DOW-UAP-D48, Department of the Air Force Report, 1996
Agency: Department of War
Incident date: 9/10/96
Page 72
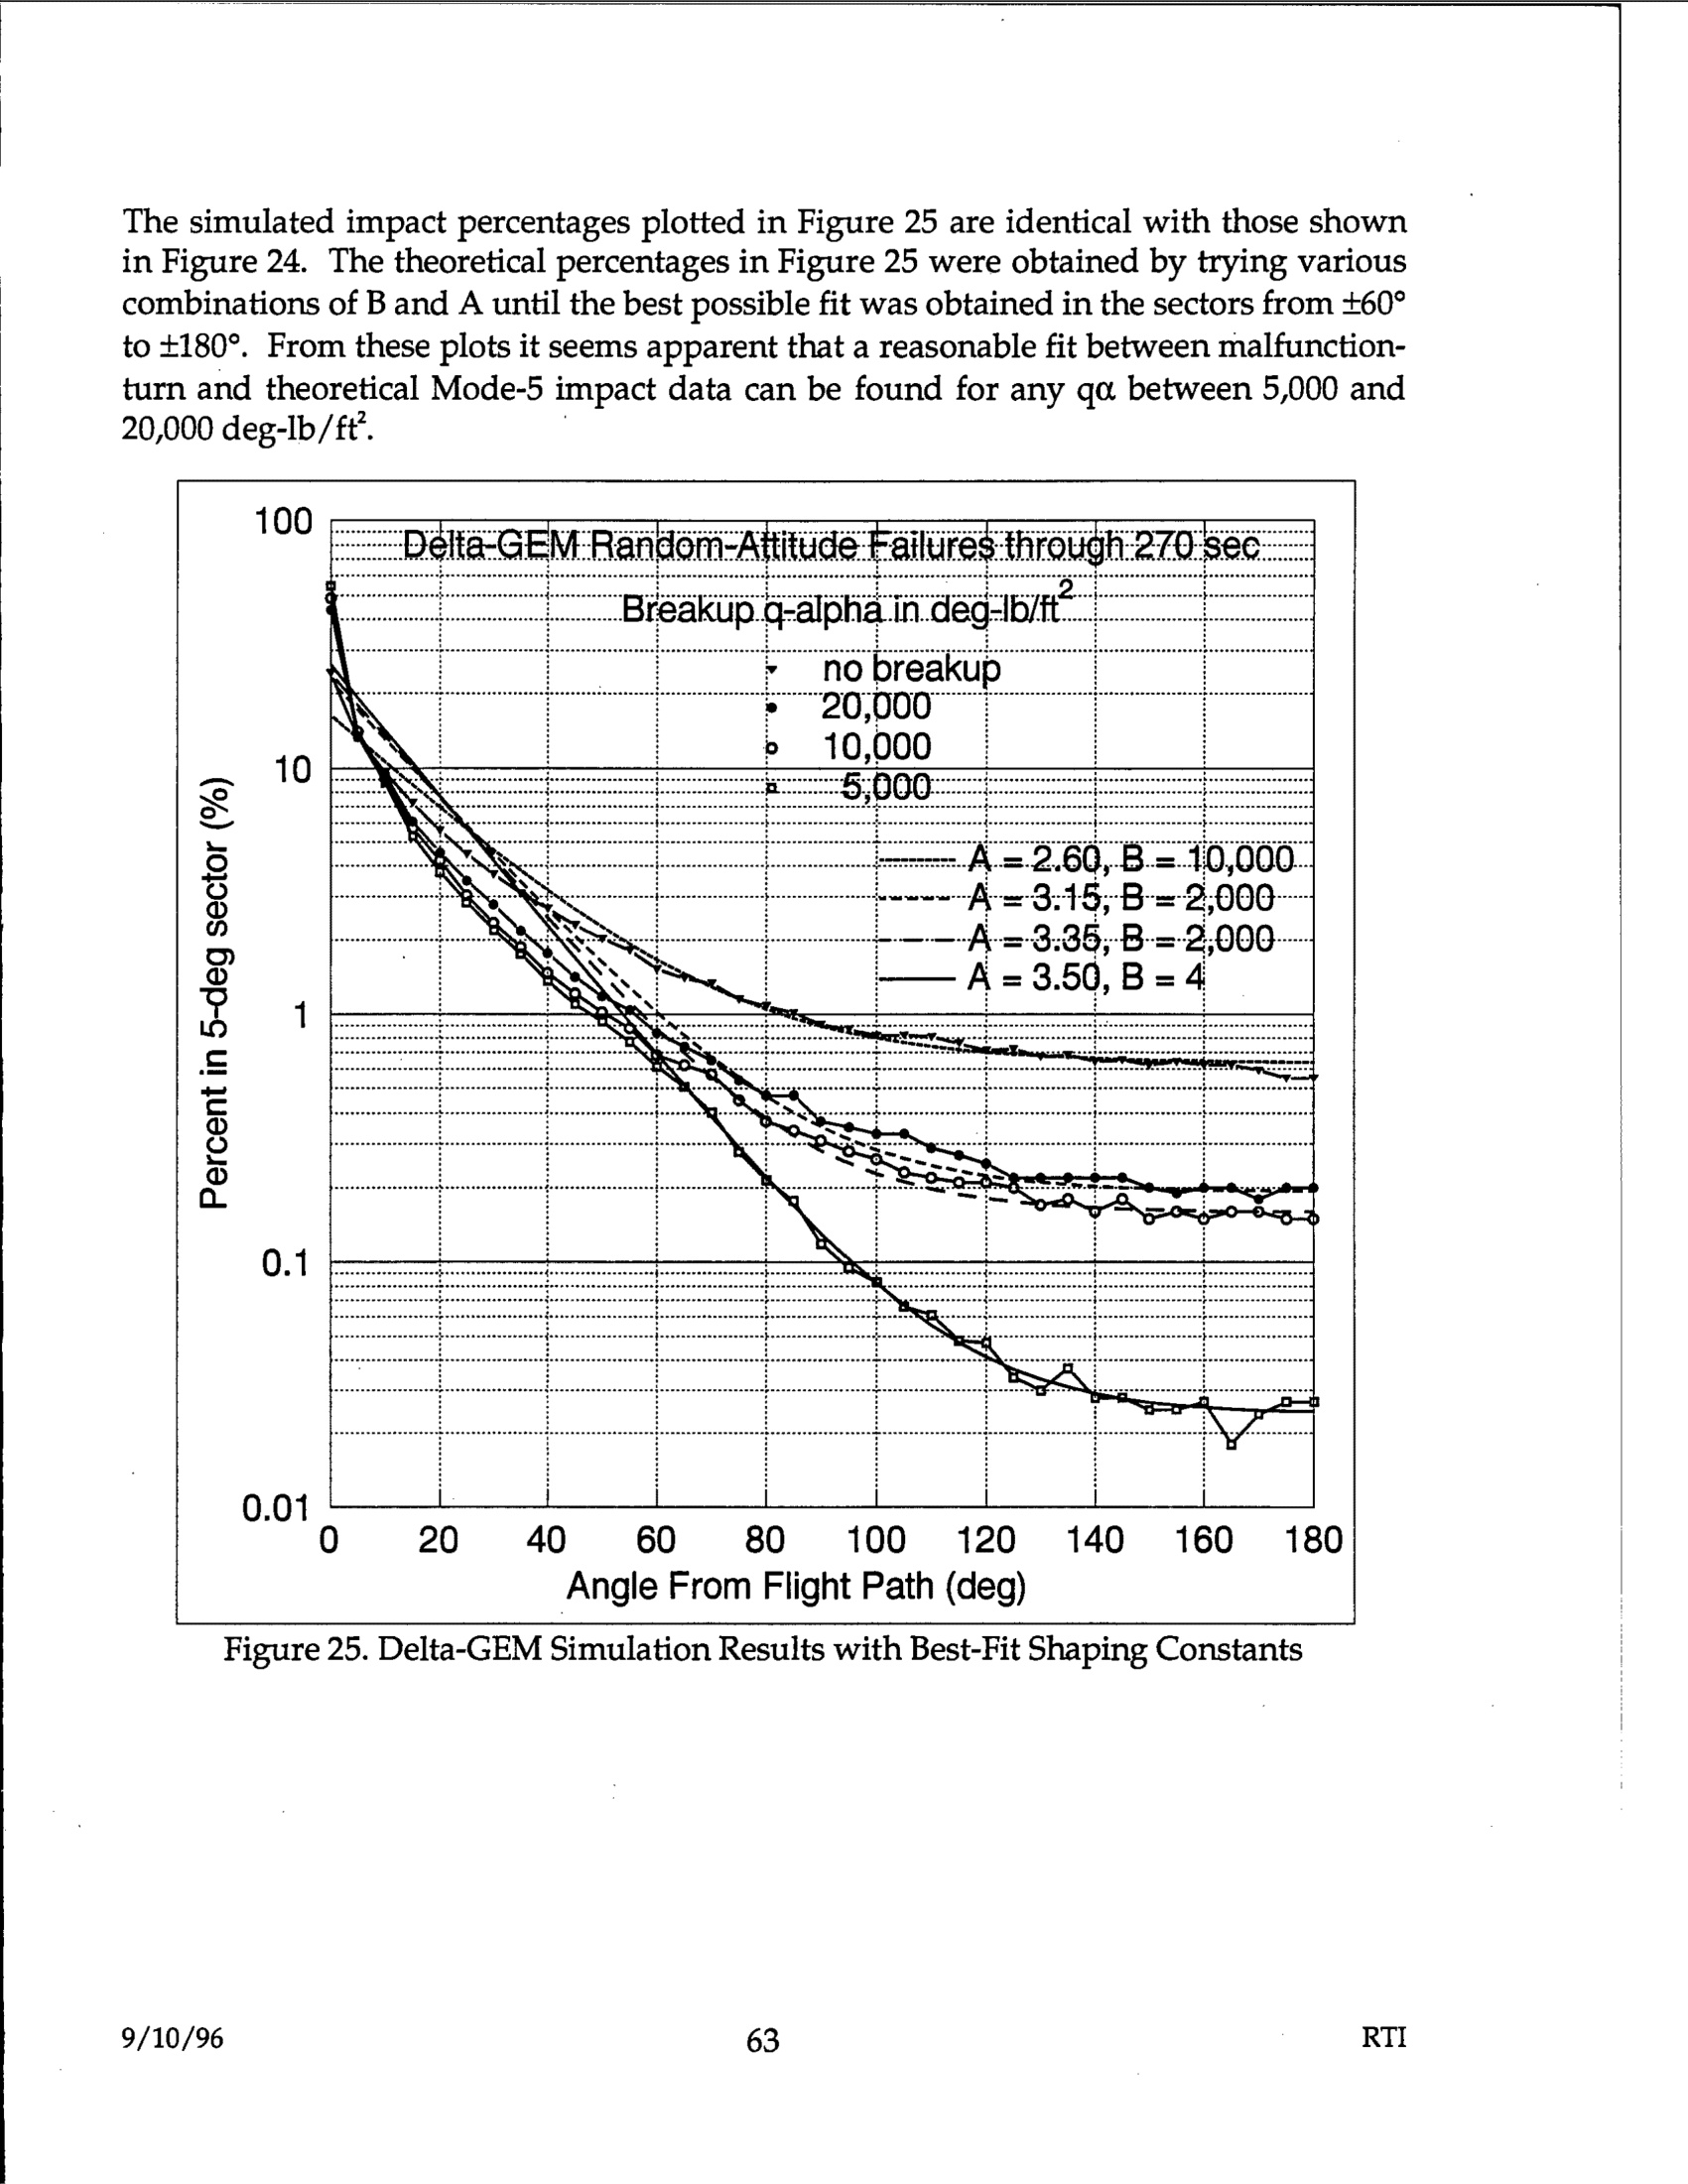